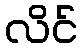
လိင်